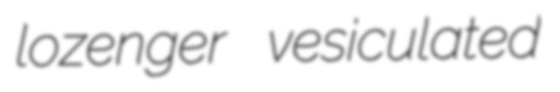
lozenger vesiculated